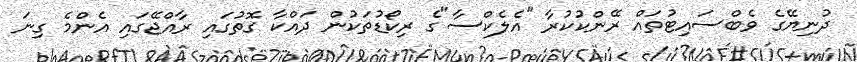
ދުނިޔޭގެ ވެބްސައިޓުތައް ރޭންކުކުރާ "އެލެކްސާ"ގެ ރިކޯޑުތަކުން ދައްކާ ގޮތުގައި ރާއްޖޭގައި އެންމެ ގިނަ